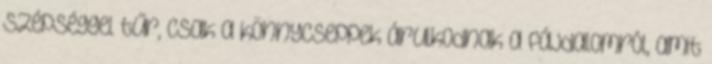
szépséggel tűr, csak a könnycseppek árulkodnak a fájdalomról, amit